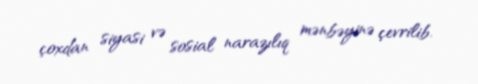
çoxdan siyasi və sosial narazılıq mənbəyinə çevrilib.